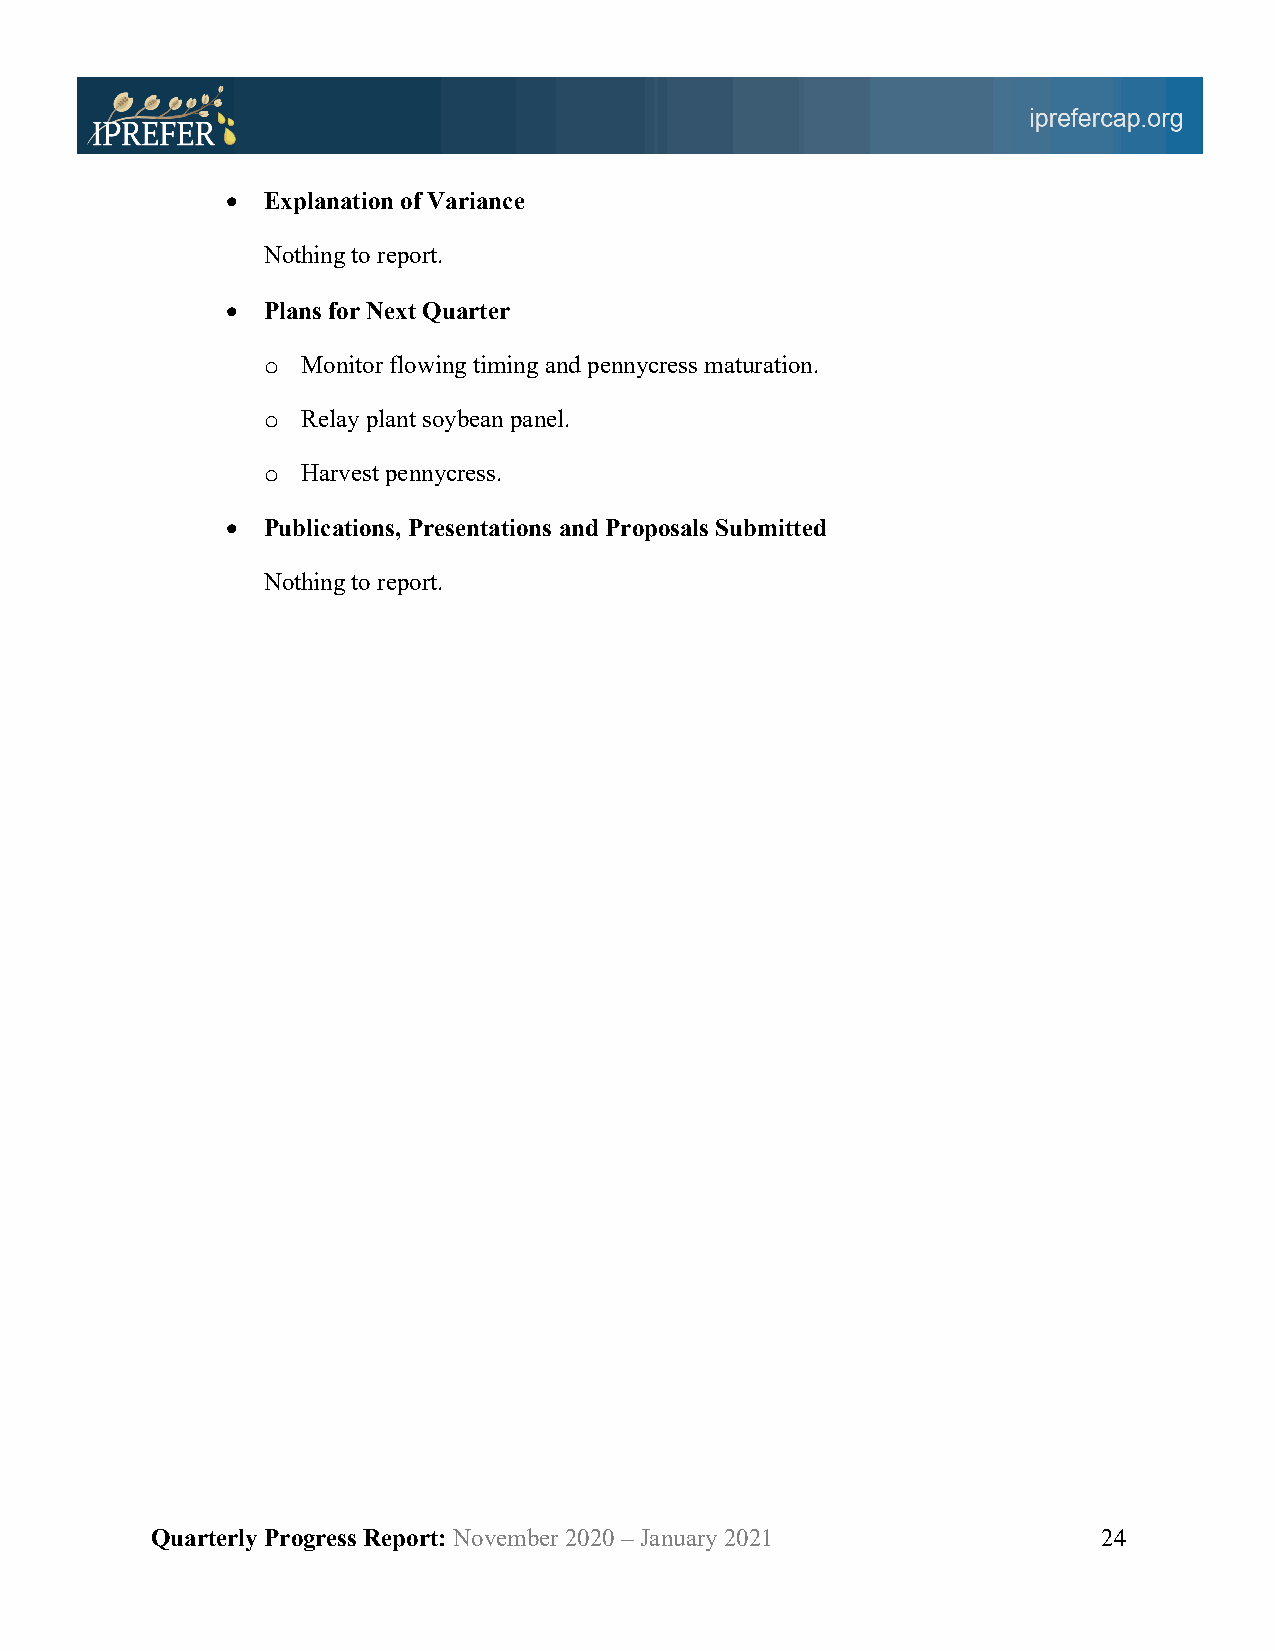
• Explanation of Variance
 Nothing to report.
 • Plans for Next Quarter
 o  Monitor flowing timing and pennycress maturation.
 o  Relay plant soybean panel.
 o  Harvest pennycress.
 • Publications, Presentations and Proposals Submitted
 Nothing to report.
 Quarterly Progress Report: November 2020 – January 2021        24